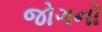
જોગનો